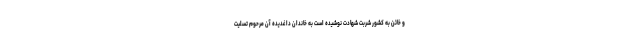
و خائن به کشور شربت شهادت نوشیده است به خاندان داغدیده آن مرحوم تسلیت